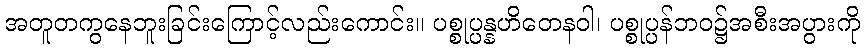
အတူတကွနေဘူးခြင်းကြောင့်လည်းကောင်း။ ပစ္စုပ္ပန္နဟိတေနဝါ၊ ပစ္စုပ္ပန်ဘဝ၌အစီးအပွားကို